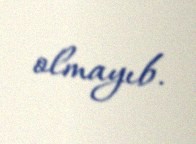
olmayıb.